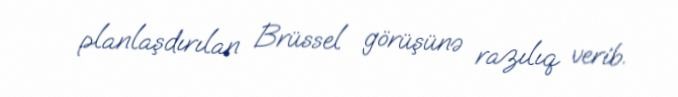
planlaşdırılan Brüssel görüşünə razılıq verib.